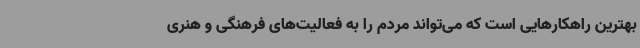
بهترین راهکارهایی است که می‌تواند مردم را به فعالیت‌های فرهنگی و ‌هنری